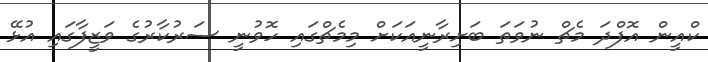
ކްއީން އޮފްދަ މެޗް ނުވަތަ ބަށިރާނީއަކަށް މިމެޗްގައި ހޮވުނީ ސަރުކާރުގެ ވަޒީފާގައި އުޅޭ